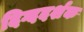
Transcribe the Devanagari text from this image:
दिग्ददर्शक